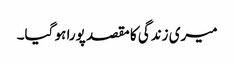
میری زندگی کا مقصد پورا ہو گیا۔